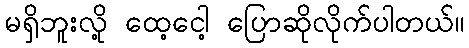
မရှိဘူးလို့ ထေ့ငေါ့ ပြောဆိုလိုက်ပါတယ်။